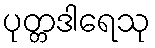
ပုတ္တဒါရေသု